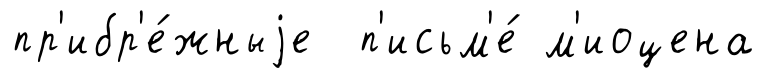
пр'ибр'е́жныjе п'исьм'е́ м'иоцена